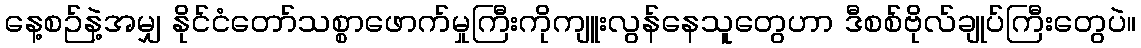
နေ့စဉ်နဲ့အမျှ နိုင်ငံတော်သစ္စာဖောက်မှုကြီးကိုကျူးလွန်နေသူတွေဟာ ဒီစစ်ဗိုလ်ချုပ်ကြီးတွေပဲ။